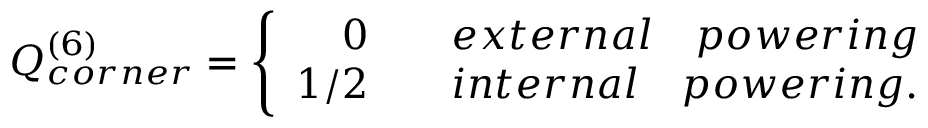
Q _ { c o r n e r } ^ { ( 6 ) } = \left\{ \begin{array} { r c l } { 0 } & { } & { { e x t e r n a l \quad p o w e r i n g } } \\ { 1 / 2 } & { } & { { i n t e r n a l \quad p o w e r i n g } . } \end{array} \right.